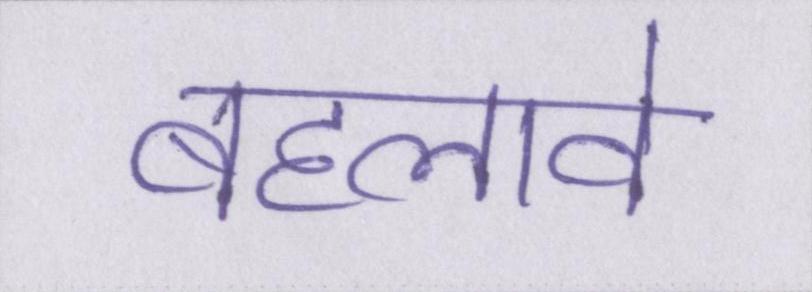
बहलावे